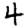
Digit: 4